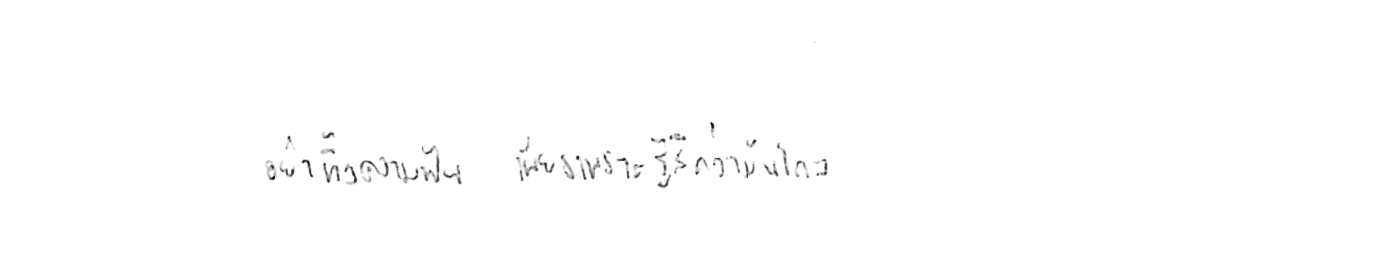
อย่าทิ้งความฝัน เพียงเพราะรู้สึกว่ามันไกล